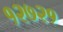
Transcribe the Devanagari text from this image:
१२७२१